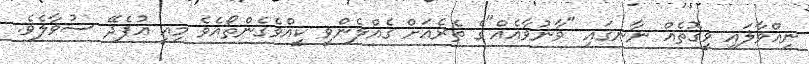
ނިއްވާލައި ވީގޮތެއް ނާނގައި "ވާނުވާއެއް"ގެ ތެރެއަށް ގެއްލެންވީ ކީއްވެގެންތޯއެވެ މިއީ އުފެދޭ ސުވާލެވެ.